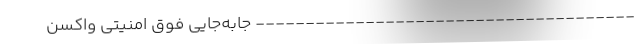
-------------------------------------- جابه‌جایی فوق امنیتی واکسن